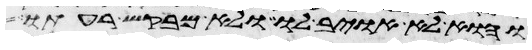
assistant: והוא לא אויב לו ולא מבקש רעתו